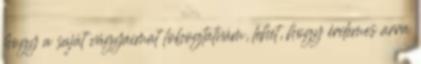
hogy a saját vágyaimat lobogtatnám, lehet, hogy érdemes arra